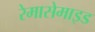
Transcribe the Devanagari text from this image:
रेमासेमाइड